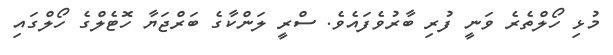
މުޅި ހޯލްތެރެ ވަނީ ފުރި ބާރުވެފައެވެ. ސްރީ ލަންކާގެ ބަރްޖަޔާ ހޮޓެލްގެ ހޯލްގައި